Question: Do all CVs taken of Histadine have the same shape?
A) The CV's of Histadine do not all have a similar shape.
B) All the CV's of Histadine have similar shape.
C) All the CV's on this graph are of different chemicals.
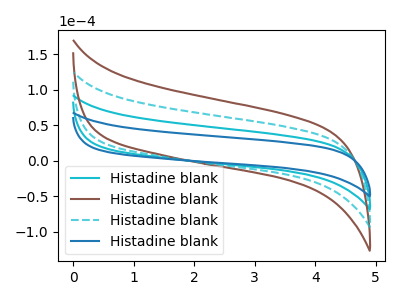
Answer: <think>The cyan curve "Histadine blank1" has no peaks. The brown curve "Histadine blank2" has no peaks. The cyan dashed curve "Histadine blank3" has no peaks. The blue curve "Histadine blank4" has no peaks.
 Neither "Histadine blank1" or "Histadine blank2" have any peaks. Neither "Histadine blank1" or "Histadine blank3" have any peaks. Neither "Histadine blank1" or "Histadine blank4" have any peaks. Neither "Histadine blank2" or "Histadine blank3" have any peaks. Neither "Histadine blank2" or "Histadine blank4" have any peaks. Neither "Histadine blank3" or "Histadine blank4" have any peaks.</think>
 <answer>B) All the CV's of "Histadine" have similar shape.</answer>
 <eval>B</eval>